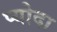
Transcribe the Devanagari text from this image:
प्योदा